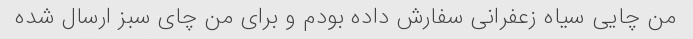
من چایی سیاه زعفرانی سفارش داده بودم و برای من چای سبز ارسال شده